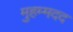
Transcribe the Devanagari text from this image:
मुहम्मदद